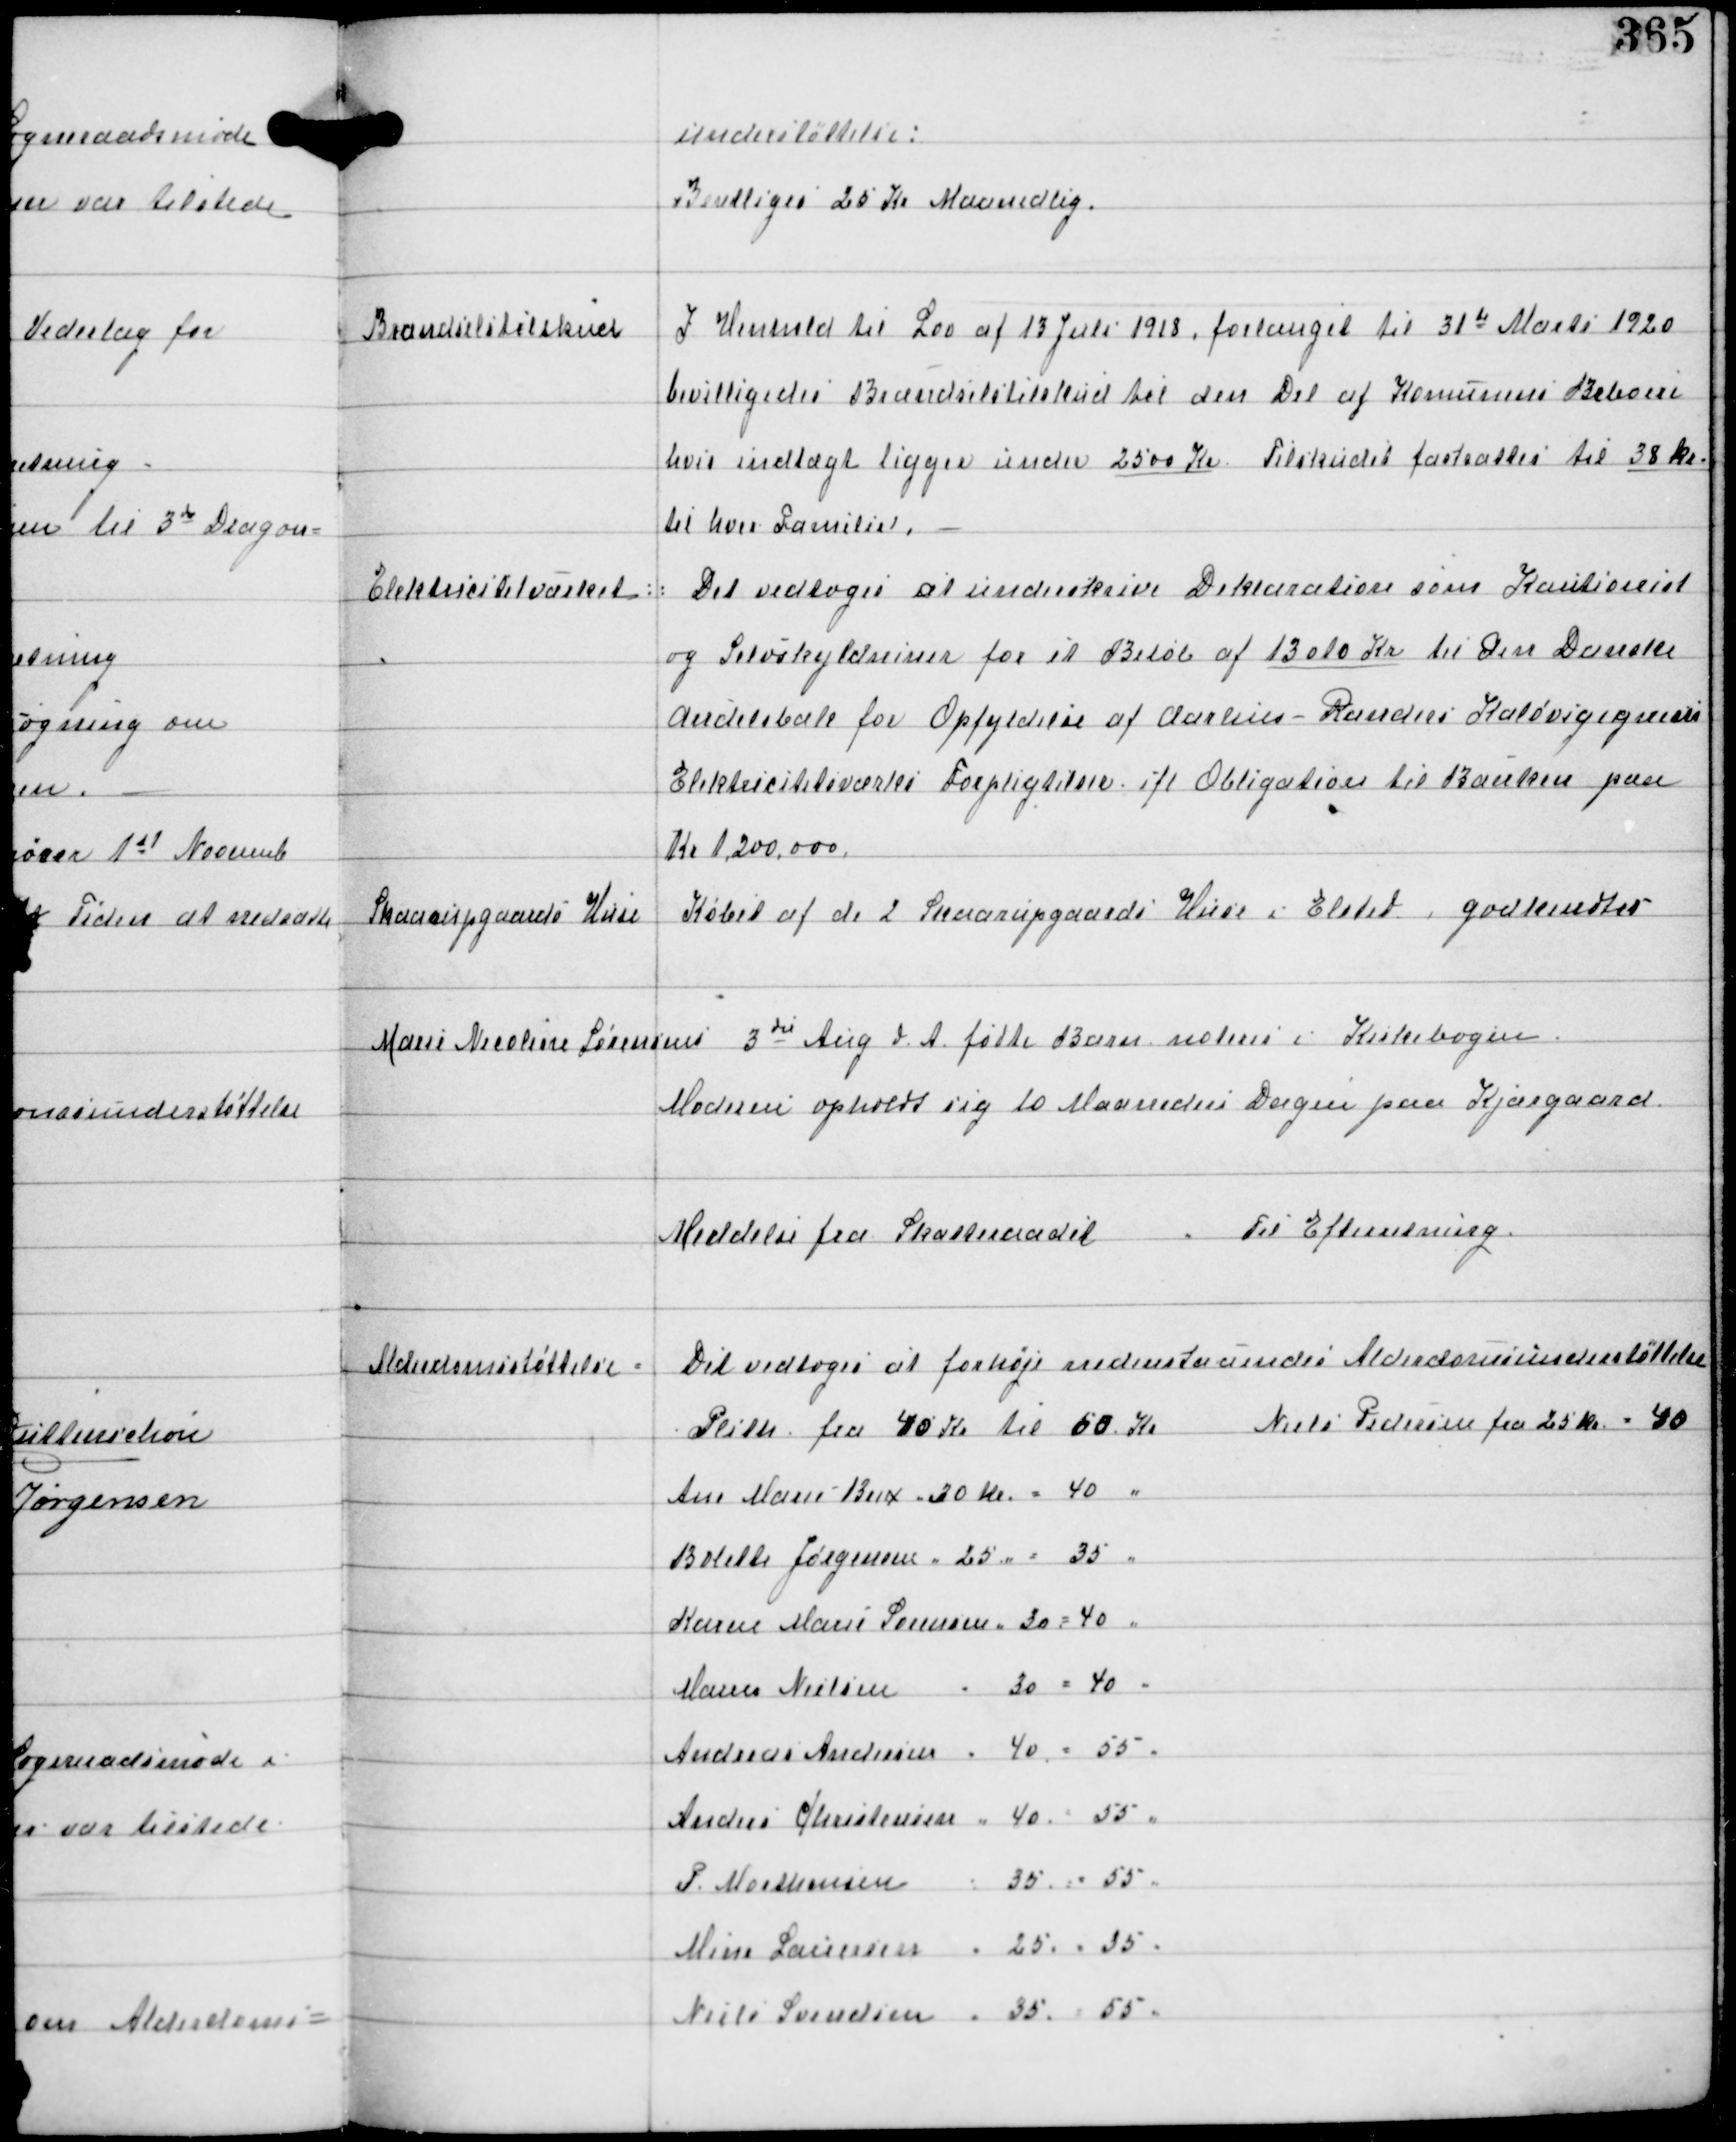
Transskription:
understøttelse:
Bevilliges 25 Kr Maanedlig.

Brændselstilskud

I Henhold til Lov af 13 Juli 1918 forlænget til 31te Marts 1920
bevilligedes Brændselstilskud til den Del af Komunens Beboere
hvis indtægt ligger under 2500 Kr. Tilskudet fastsættes til 38 Kr
til hver Familie.

Elektricitetsværket

Det vedtoges at underskrive Deklaration som Kautionist
og Selvskyldsniner for et Beløb af 13010 Kr til Den Danske
Andelsbale for Opfyldelse af Aarhus-Randers Kaløvigegnens
Elektricitetsværks Forpligtigelse ifl Obligation til Banken paa
Kr 1.200.000

Skaarupgaards Huse

Købet af de 2 Skaarupgaards Huse i Elsted godkendtes

Marie Nicoline Sørensens

3die Aug d.A. fødte Barn noteres i Kirkebogen
Moderen opholdt sig 10 Maaneders Dagen paa Kjærgaard.

Meddelse fra Skatteraadet. Til Efterretning

Alderdomsunderstøttelse

Det vedtoges at forhøje nedenstaaendes Alderdomsunderstøttelse

Niels Pedersen fra 25 Kr " 40